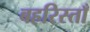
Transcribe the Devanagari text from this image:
बहरिस्ताँ